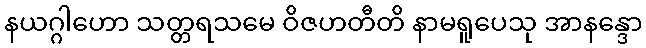
နယဂ္ဂါဟော သတ္တရသမေ ဝိဇဟတီတိ နာမရူပေသု အာနန္ဒော